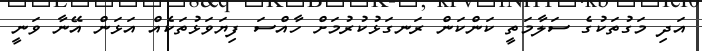
އަދި މަގުތަކުގެ ސަލާމަތީ ކަންކަން ރަނގަޅުކުރުމަށް ހާއްސަ ފިޔަވަޅުތަކެއް އަޅަން އޭނާ ވަނީ